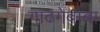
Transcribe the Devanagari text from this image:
गाढगेबाबा